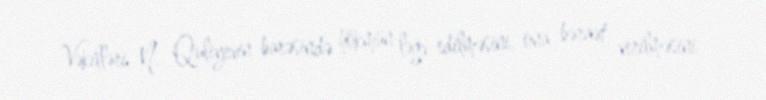
Vəkilləri N. Quliyevin barəsində hökmün ləğv edilməsini, ona bəraət verilməsini